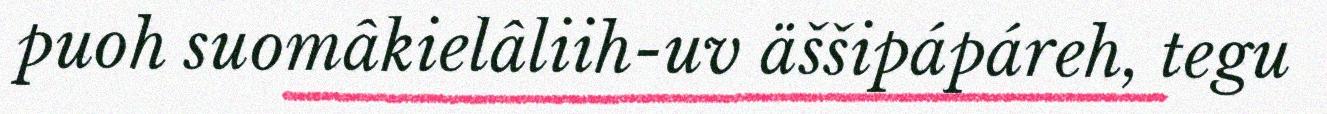
puoh suomâkielâliih-uv äššipápáreh, tegu